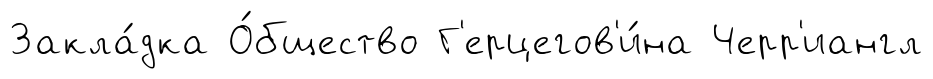
Закла́дка О́бщество Г'ерцегов'и́на Черр'иангл